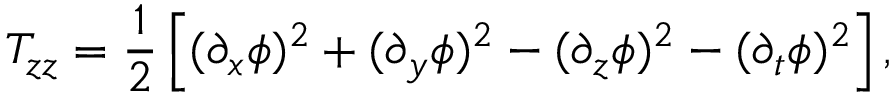
T _ { z z } = { \frac { 1 } { 2 } } \left[ ( \partial _ { x } \phi ) ^ { 2 } + ( \partial _ { y } \phi ) ^ { 2 } - ( \partial _ { z } \phi ) ^ { 2 } - ( \partial _ { t } \phi ) ^ { 2 } \right] ,